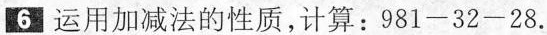
6运用加减法的性质,计算:$$981-32-28$$.